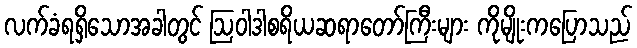
လက်ခံရရှိသောအခါတွင် ဩဝါဒါစရိယဆရာတော်ကြီးများ ကိုမျိုးကပြောသည်